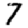
Digit: 7